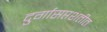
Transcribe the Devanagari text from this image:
दुर्गासप्तशतीत